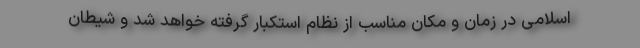
اسلامی در زمان و مکان مناسب از نظام استکبار گرفته خواهد شد و شیطان